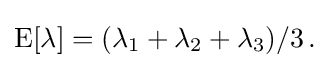
{\textstyle \operatorname {E} [\lambda ]=(\lambda _{1}+\lambda _{2}+\lambda _{3})/3\,.}